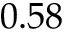
0 . 5 8